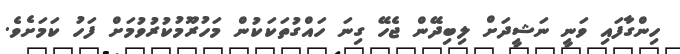
ހިންގާފައި ވަނީ ނަޝީދަށް ލިބިދޭން ޖެހޭ ގިނަ ހައްގުތަކަކުން މަހުރޫމުކުރުވުމަށް ފަހު ކަމަށެވެ.